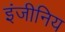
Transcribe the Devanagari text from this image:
इंजीनिय